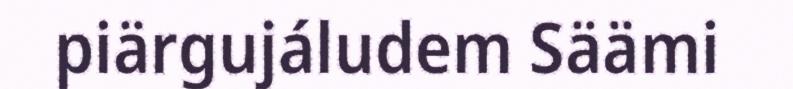
piärgujáludem Säämi